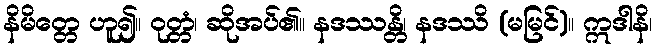
နိမိတ္တေ ဟူ၍။ ဝုတ္တံ၊ ဆိုအပ်၏။ နဒဿန္တိ၊ နဒဿိ (မမြင်)။ ဣဒါနိ၊